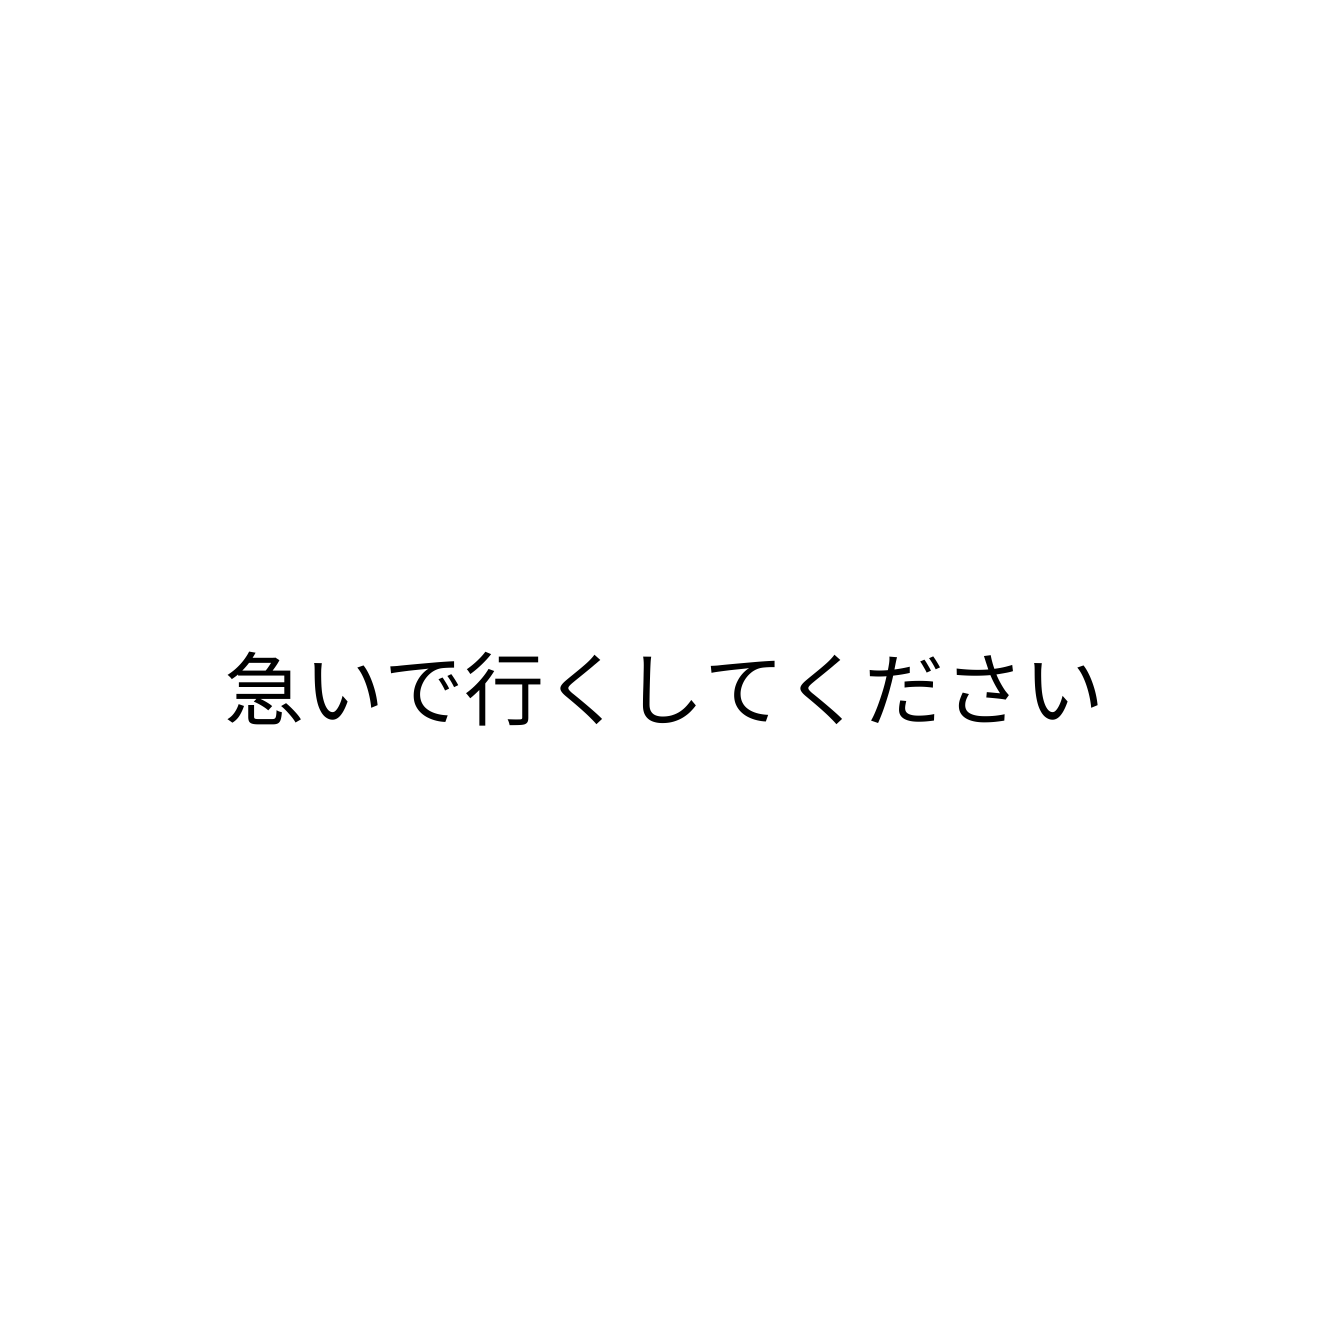
急いで行くしてください